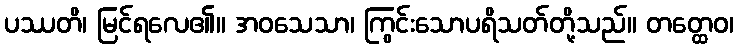
ပဿတိ၊ မြင်ရလေ၏။ အဝသေသာ၊ ကြွင်းသောပရိသတ်တို့သည်။ တတ္ထေဝ၊